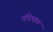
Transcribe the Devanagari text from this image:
नंदिमाळ